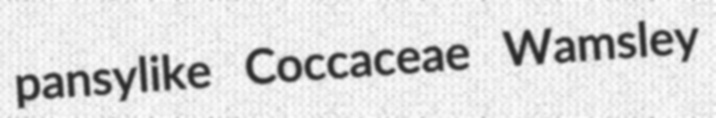
pansylike Coccaceae Wamsley